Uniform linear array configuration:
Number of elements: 32
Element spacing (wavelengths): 0.5
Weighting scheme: uniform
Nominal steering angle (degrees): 0
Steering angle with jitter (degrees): -0.3812
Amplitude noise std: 0.05
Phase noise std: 0.05

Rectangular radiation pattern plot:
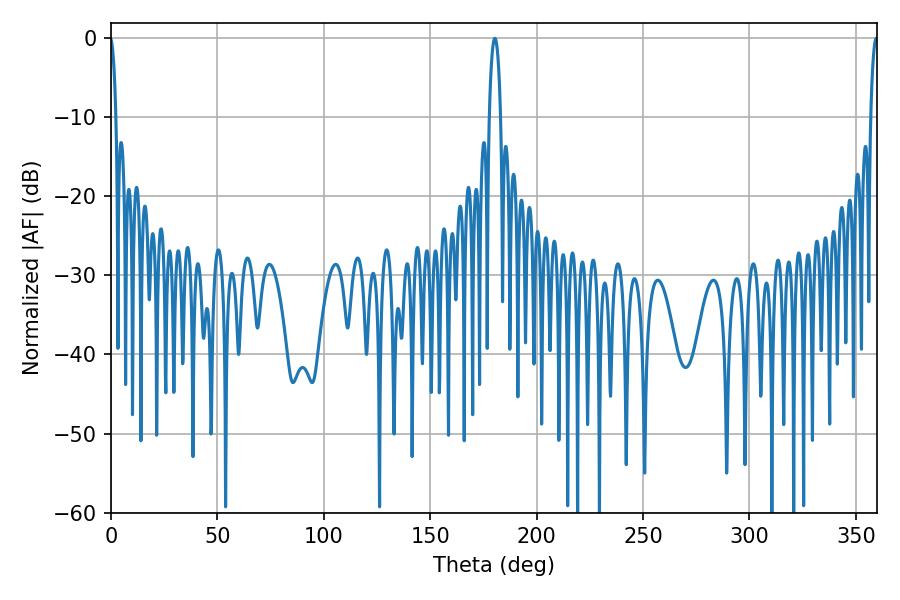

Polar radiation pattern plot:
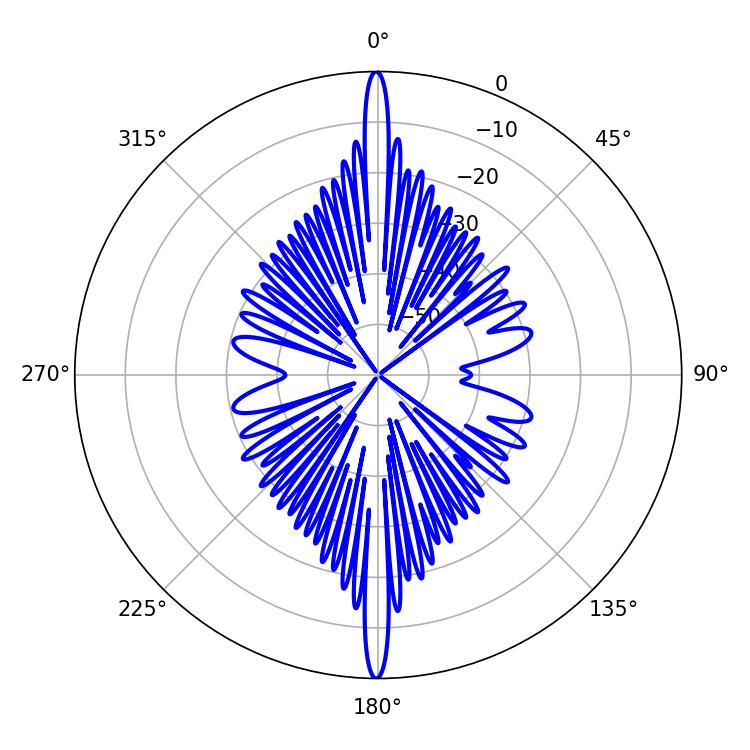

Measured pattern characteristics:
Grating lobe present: FALSE
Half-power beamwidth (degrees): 2.88
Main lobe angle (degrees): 180.36